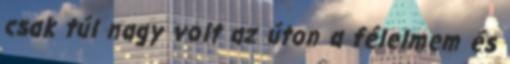
csak túl nagy volt az úton a félelmem és